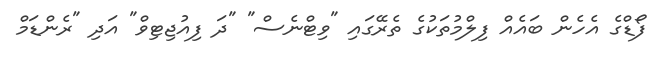
ފޯޑްގެ އެހެން ބައެއް ފިލްމުތަކުގެ ތެރޭގައި "ވިޓްނެސް" "ދަ ފިއުޖިޓިވް" އަދި "ރެންޑަމް